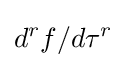
d^{r}f/d\tau ^{r}